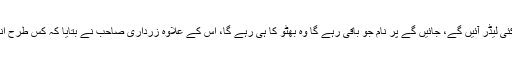
پہلی بات جو صرف پی پی پی کے سیاسی کارکنوں کے لئے تھی کہ مجھ سمیت کئی لیڈر آئیں گے، جائیں گے پر نام جو باقی رہے گا وہ بھٹو کا ہی رہے گا، اس کے علاوہ زرداری صاحب نے بتایا کہ کس طرح انہیں عوام سے دور رکھنے کے لئے صدارتی ایوان کو عوام سے علیحدہ کر دیا گیا۔